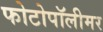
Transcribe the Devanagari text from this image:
फोटोपॉलीमर